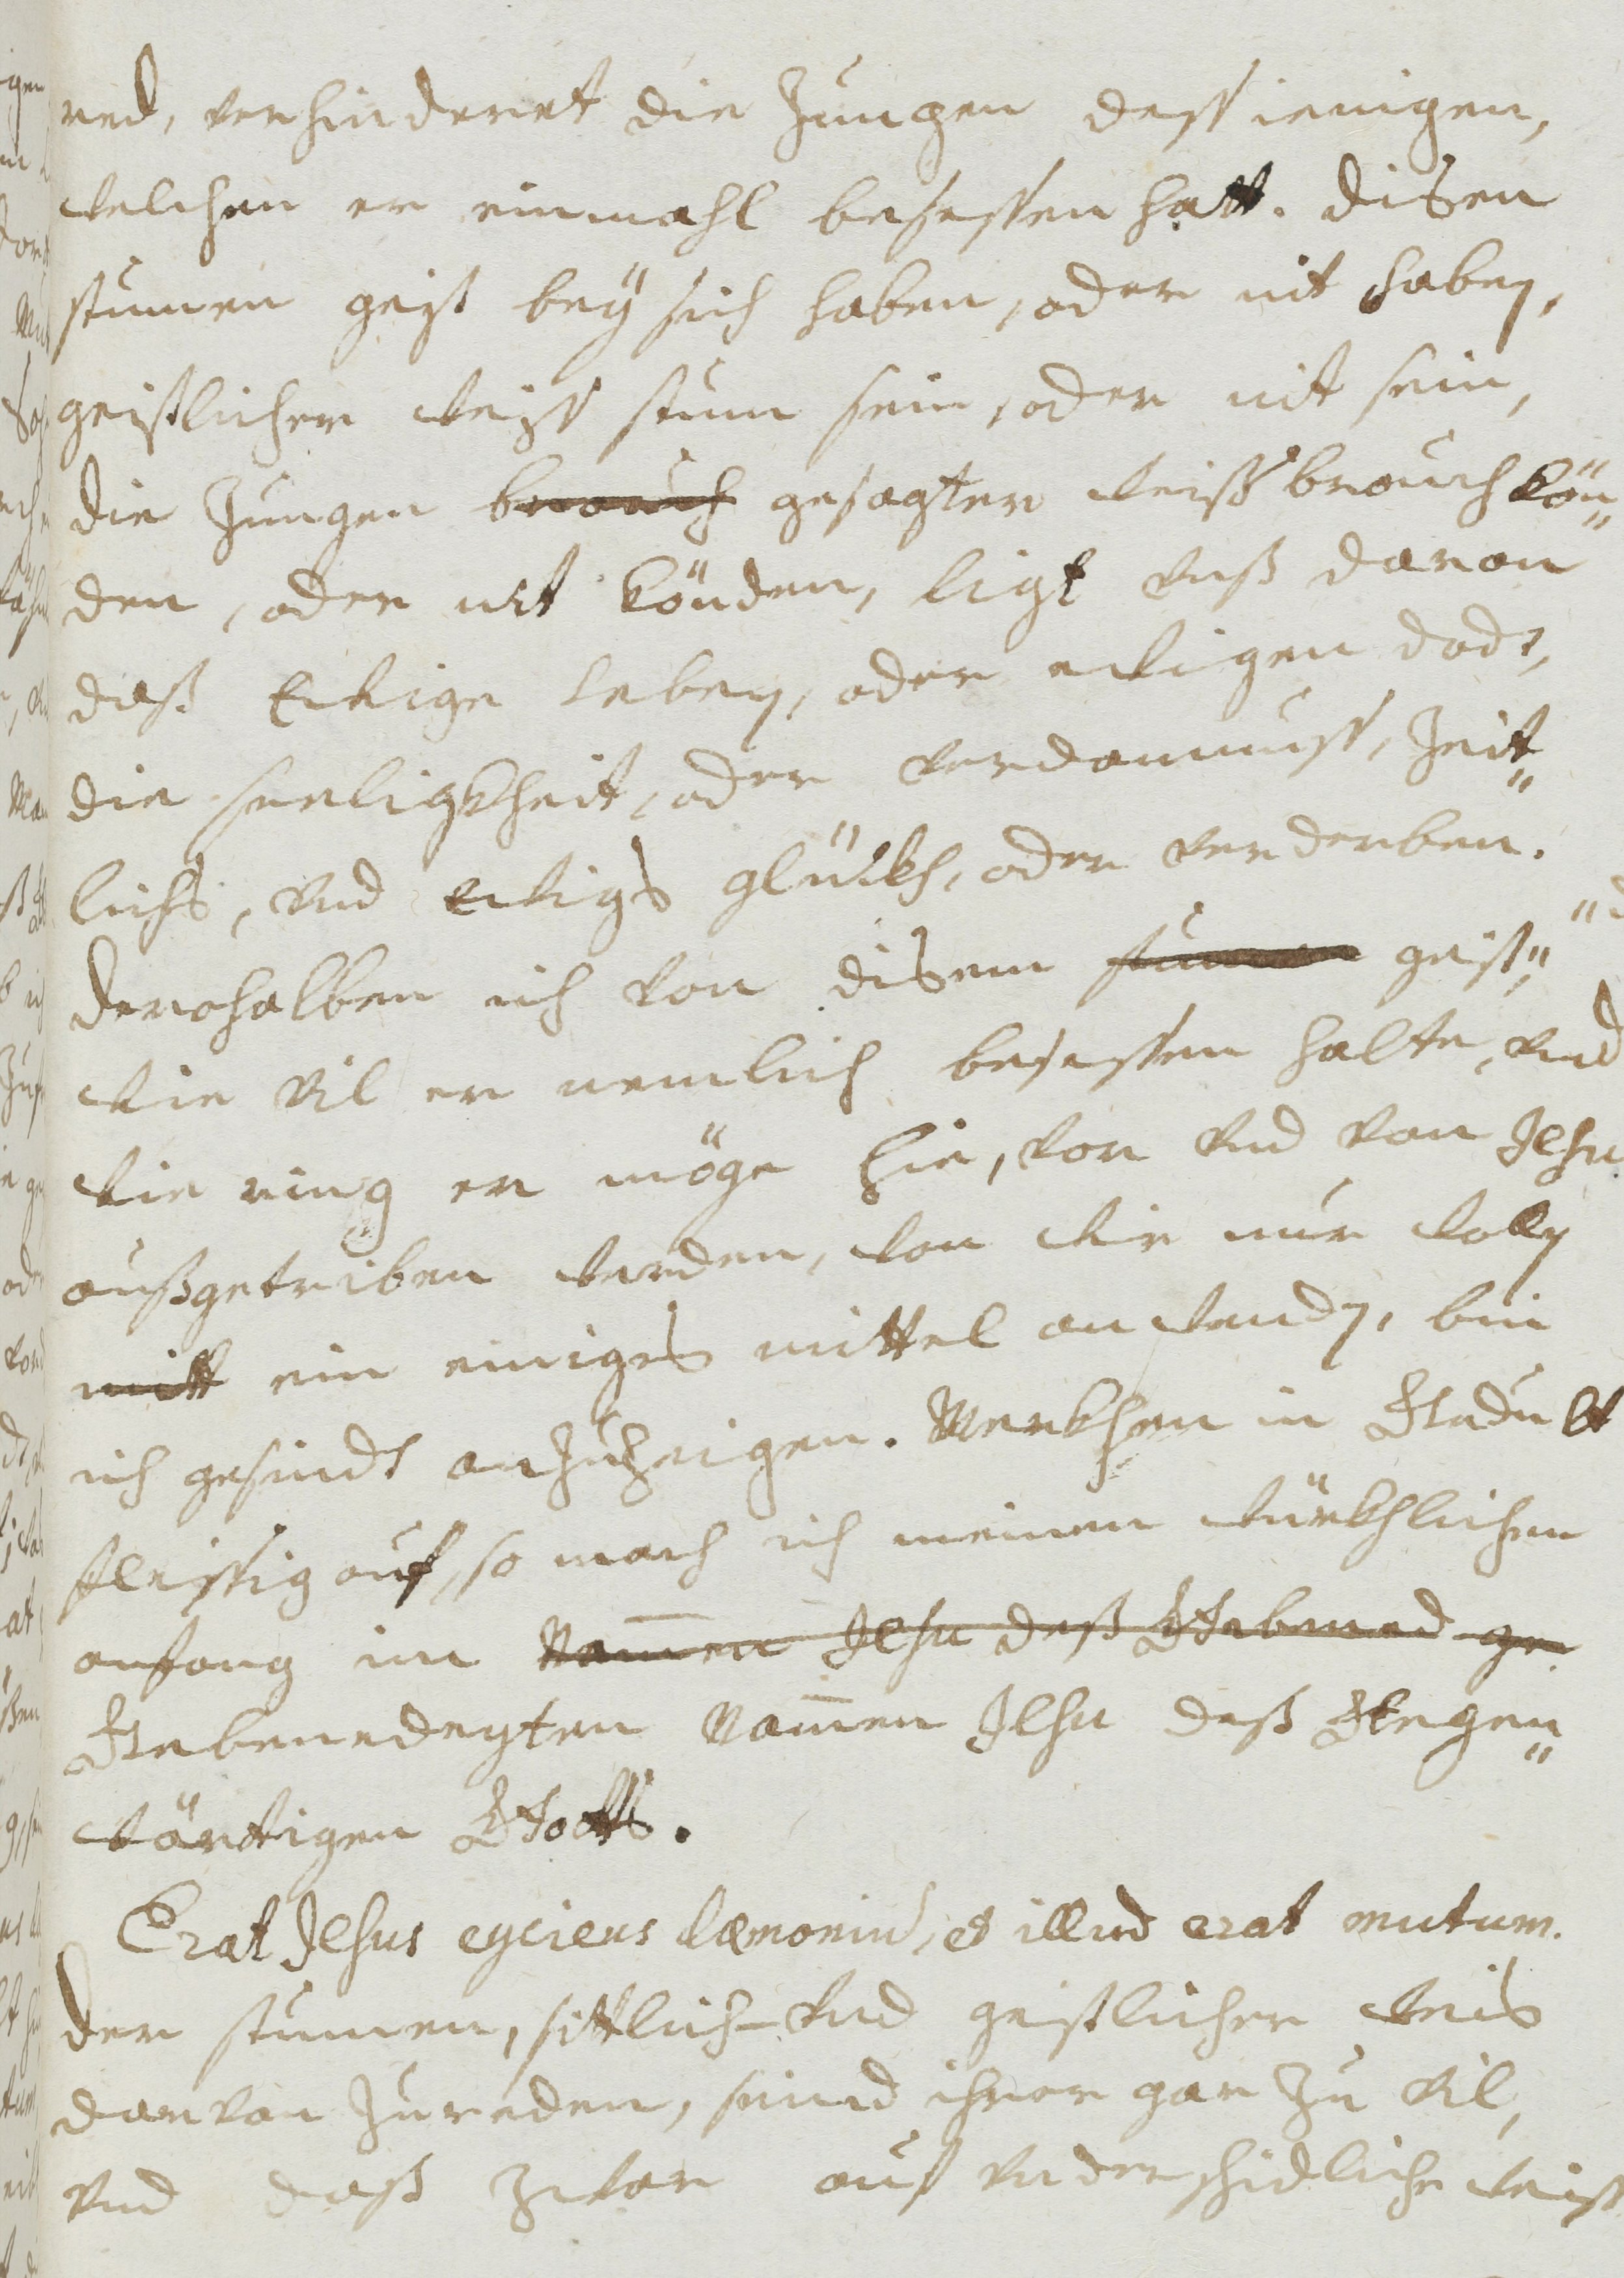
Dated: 1677–1691